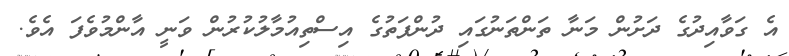
އެ ގަވާއިދުގެ ދަށުން މަނާ ތަންތަނުގައި ދުންފަތުގެ އިސްތިއުމާލުކުރުން ވަނީ އާންމުވެފަ އެވެ.